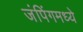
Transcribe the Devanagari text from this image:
जंपिंगमध्ये